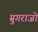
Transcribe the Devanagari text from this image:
म्रुगराजो